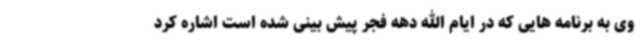
وی به برنامه هایی که در ایام الله دهه فجر پیش بینی شده است اشاره کرد